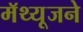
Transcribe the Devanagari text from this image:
मॅथ्यूजने